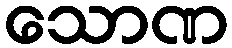
သောဏ